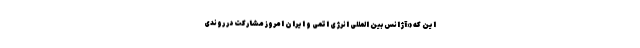
این که «آژانس بین المللی انرژی اتمی و ایران امروز مشارکت در روندی